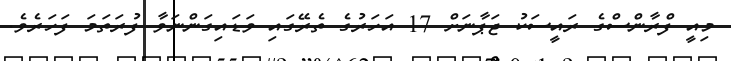
މިއީ ފްރާންސްގެ ރައީސަކު ޖަޕާނަށް 17 އަހަރުގެ ތެރޭގައި ވަޑައިގަންނަވާ ފުރަތަމަ ފަހަރެވެ.